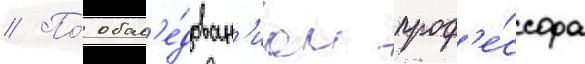
// По́ обсл'е́дован'иам проф'е́ссора